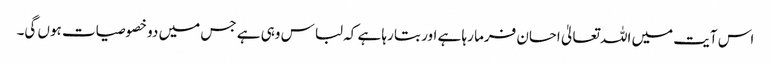
اس آیت میں اللہ تعالیٰ احسان فرما رہا ہے اور بتا رہا ہے کہ لباس وہی ہے جس میں دو خصوصیات ہوں گی۔